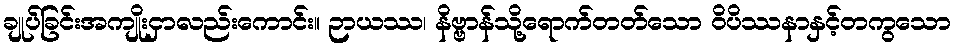
ချုပ်ခြင်းအကျိုးငှာလည်းကောင်း။ ဉာယဿ၊ နိဗ္ဗာန်သို့ရောက်တတ်သော ဝိပိဿနာနှင့်တကွသော